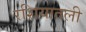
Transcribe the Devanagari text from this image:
रशियातली